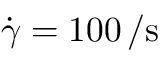
\dot { \gamma } = 1 0 0 \, \mathrm { / s }